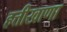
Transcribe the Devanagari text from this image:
हत्तीखाणा